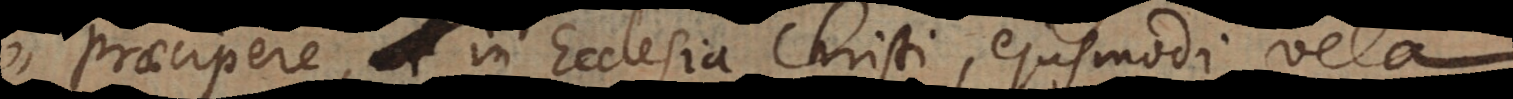
praecipere, in Ecclesia Christi, ejusmodi vela